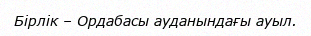
Бірлік – Ордабасы ауданындағы ауыл.